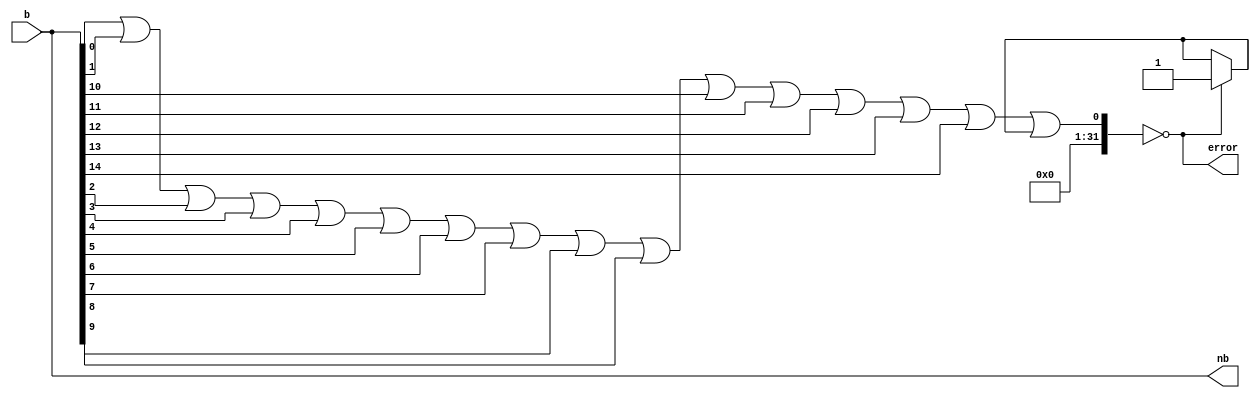
module CheckDivide(input[15:0] b, output error, output[15:0] nb);
	assign error = (b[0] | b[1] | b[2] | b[3] | b[4] | b[5] | b[6] | b[7] | b[8] | b[9] | b[10] | b[11] | b[12] | b[13] | b[14] | b[15]) == 0;
	assign nb = b;
	assign nb[15] = error == 1 ? 1 : b[15];
endmodule